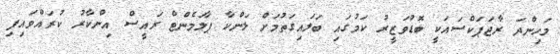
މަހިންދަ ރާޖަޕަކްސައަކީ ބޮޑުވަޒީރު ކަމުގައި ބަލައިގަތުމަށް ލަންކާ ޕާލަމެންޓް ރައީސް އިންކާރު ކުރައްވައިފި